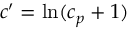
c ^ { \prime } = \ln ( c _ { p } + 1 )